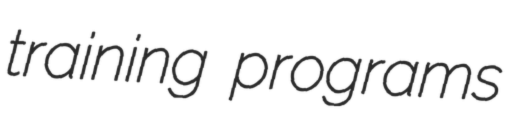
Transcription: training programs